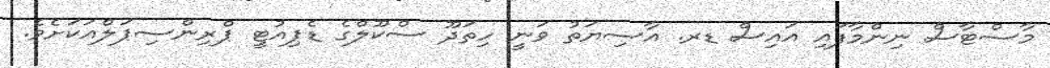
މާސްޓާސް ނިންމާފައި އައިސް ޑރ. އާސިޔަތު ވަނީ ހިތަދޫ ސްކޫލްގެ ޑެޕިއުޓީ ޕްރިންސިޕަލްއަކަށެވެ.